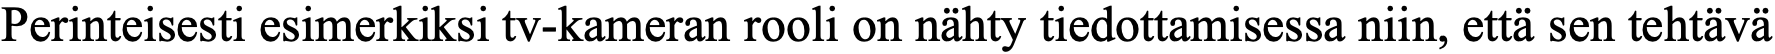
Perinteisesti esimerkiksi tv-kameran rooli on nähty tiedottamisessa niin, että sen tehtävä